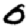
Digit: 0